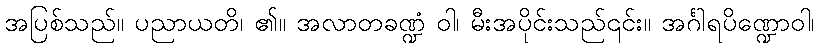
အပြစ်သည်။ ပညာယတိ၊ ၏။ အလာတခဏ္ဍံ ဝါ၊ မီးအပိုင်းသည်၎င်း။ အင်္ဂါရပိဏ္ဍောဝါ၊